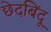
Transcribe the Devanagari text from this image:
छेदबिंदू